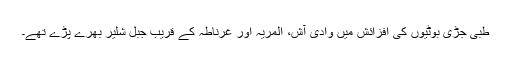
طبی جڑی بوٹیوں کی اَفزائش میں وادیٔ آش، المریہ اور غرناطہ کے قریب جبلِ شلیر بھرے پڑے تھے۔